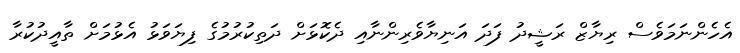
އެހެންނަމަވެސް ރިޔާޒް ރަޝީދު ފަދަ އަނިޔާވެރިންނާއި ދެކޮޅަށް ދަތިކުރުމުގެ ފިޔަވަޅު އެޅުމަށް ތާއީދުކުރާ